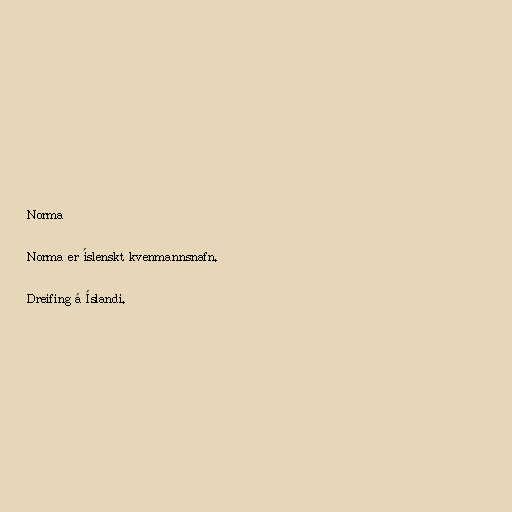
Norma

Norma er íslenskt kvenmannsnafn.

Dreifing á Íslandi.